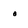
Character: 0